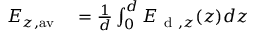
\begin{array} { r l } { E _ { z , \mathrm { a v } } } & { { } = \frac { 1 } { d } \int _ { 0 } ^ { d } E _ { \mathrm { ~ d ~ } , z } ( z ) d z } \end{array}